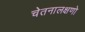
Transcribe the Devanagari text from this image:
चेतनालक्षणो